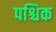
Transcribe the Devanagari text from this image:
पश्चिक